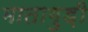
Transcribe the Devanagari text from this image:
मातागुड़ी